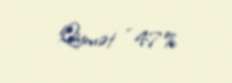
Qiymət - 47%